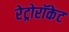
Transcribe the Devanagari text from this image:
रेट्रोरॉकेट